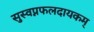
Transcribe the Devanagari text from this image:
सुस्वप्नफलदायकम्